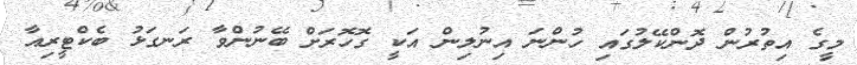
މީގެ އިތުރުން ދޮންކޭލުގައި ހުންނަ އިނުލިން އަކީ ގޮހޮރަށް ބޭނުންވާ ރަނގަޅު ބެކްޓީރިއާ